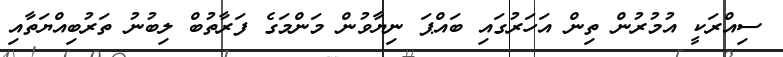
ސިއްރަކީ އުމުރުން ތިން އަހަރުގައި ބައްޕަ ނިޔާވުން މަންމަގެ ފަރާތުބް ލިބުނު ތަރުބިއްޔަތާއި